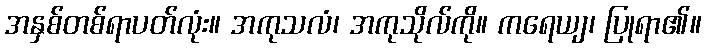
အနှစ်တစ်ရာပတ်လုံး။ အကုသလံ၊ အကုသိုလ်ကို။ ကရေယျ၊ ပြုရာ၏။